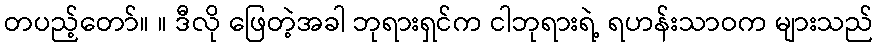
တပည့်တော်။ ။ ဒီလို ဖြေတဲ့အခါ ဘုရားရှင်က ငါဘုရားရဲ့ ရဟန်းသာဝက များသည်